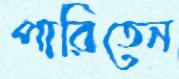
পারিতেন